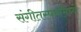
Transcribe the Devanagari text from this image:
संगीतस्पर्धांमध्ये